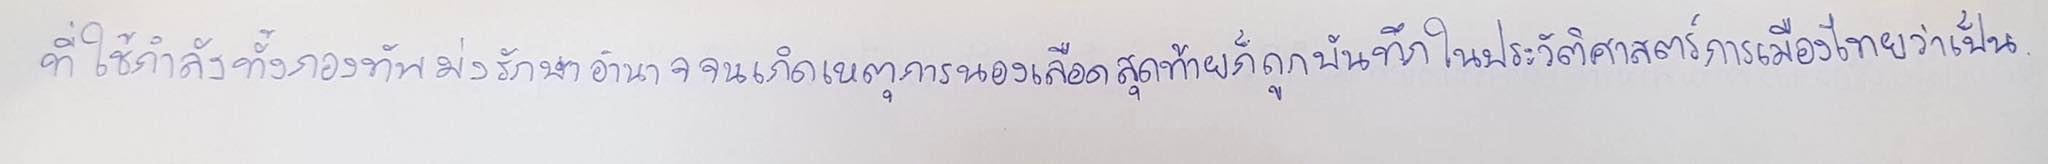
ที่ใช้กำลังทั้งกองทัพมุ่งรักษาอำนาจจนเกิดเหตุการณ์นองเลือดสุดท้ายก็ถูกบันทึกในประวัติศาสตร์การเมืองไทยว่าเป็น